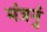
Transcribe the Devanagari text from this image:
मंत्रनुं